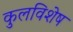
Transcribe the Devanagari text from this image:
कुलविशेष